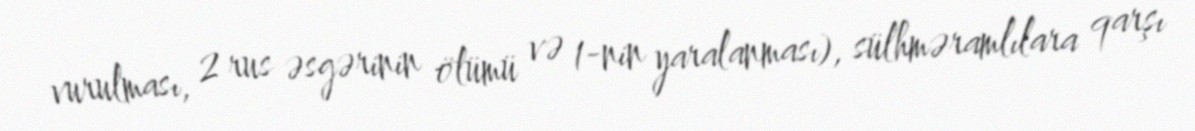
vurulması, 2 rus əsgərinin ölümü və 1-nin yaralanması), sülhməramlılara qarşı